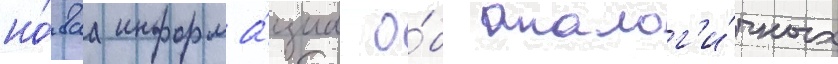
но́ваа информа́циа о́б аналог'и́чных